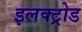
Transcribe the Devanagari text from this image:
इलक्ट्रोड